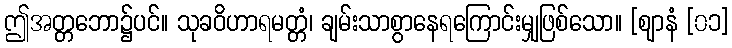
ဤအတ္တဘော၌ပင်။ သုခဝိဟာရမတ္တံ၊ ချမ်းသာစွာနေရကြောင်းမျှဖြစ်သော။ [ဈာနံ [၀၁]